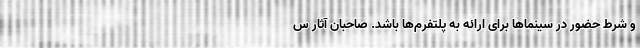
و شرط حضور در سینماها برای ارائه به پلتفرم‌ها باشد. صاحبان آثار س